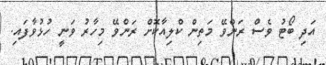
އަދި ބޯޓު ވެސް ރަންވޭ މަތިން ކްލިއާކޮށް ރަންވޭ މިހާރު ވަނީ ހުޅުވާފައި.